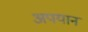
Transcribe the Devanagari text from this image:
अपयान